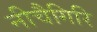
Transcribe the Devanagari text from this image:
नीचैगिरि